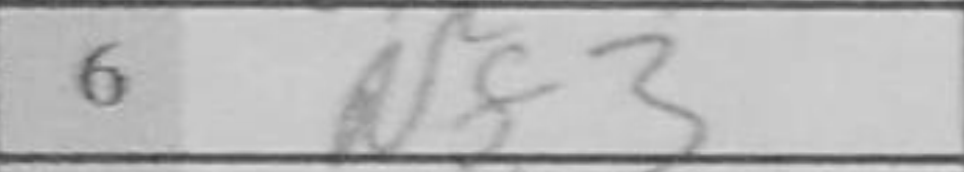
Transcription: Nf3